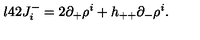
\l { 4 2 } J _ { i } ^ { - } = 2 \partial _ { + } \rho ^ { i } + h _ { + + } \partial _ { - } \rho ^ { i } .